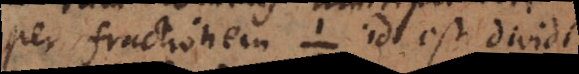
per fractionem id est dividi